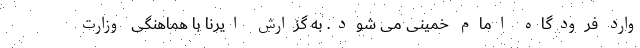
وارد فرودگاه امام خمینی می شود. به گزارش ایرنا با هماهنگی‌ وزارت